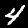
Digit: 4